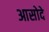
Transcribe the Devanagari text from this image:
आसोदे